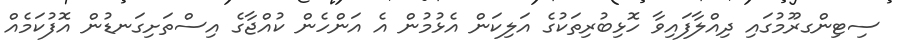
ސިޓިންގރޫމުގައި ދިއްލާފައިވާ ހޮޅިބުރިތަކުގެ އަލިކަން އެޅުމުން އެ އަންހެން ކުއްޖާގެ އިސްތަށިގަނޑުން އޮފުކަމެއް